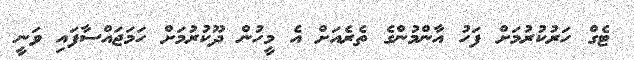
ޓެގް ހަރުކުރުމަށް ފަހު އާންމުންގެ ތެރެއަށް އެ މީހުން ދޫކުރުމަށް ހަމަޖައްސާފައި ވަނީ